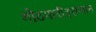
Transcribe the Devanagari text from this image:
गोटमारीदरम्यान